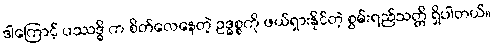
ဒါကြောင့် ပဿဒ္ဓိ က စိတ်လေနေတဲ့ ဥဒ္ဓစ္စကို ဖယ်ရှားနိုင်တဲ့ စွမ်းရည်သတ္တိ ရှိပါတယ်။